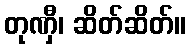
တုဏှီ၊ ဆိတ်ဆိတ်။